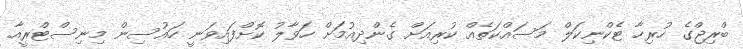
ބްރިޖްގެ ހުރިހާ ޓެކްނިކަލް މަސައްކަތެއް ކުރިއަށް ގެންދިއުމަށް ހަވާލު ކޮށްފައިވަނީ ހައުސިން މިނިސްޓްރީއާ